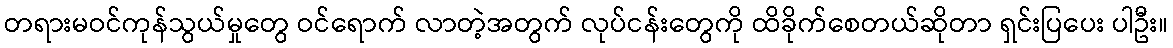
တရားမဝင်ကုန်သွယ်မှုတွေ ဝင်ရောက် လာတဲ့အတွက် လုပ်ငန်းတွေကို ထိခိုက်စေတယ်ဆိုတာ ရှင်းပြပေး ပါဦး။